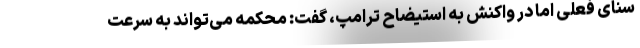
سنای فعلی اما در واکنش به استیضاح ترامپ، گفت: محکمه می‌تواند به سرعت